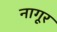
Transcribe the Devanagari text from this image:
नागूर